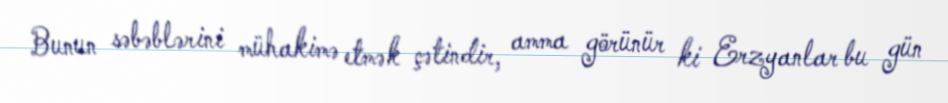
Bunun səbəblərini mühakimə etmək çətindir, amma görünür ki Erzyanlar bu gün